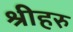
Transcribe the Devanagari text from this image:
श्रीहरु